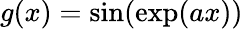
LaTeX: g(x)=\sin(\exp(ax))